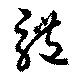
体